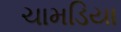
ચામડિયા